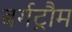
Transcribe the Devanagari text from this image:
बर्गट्रौम